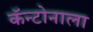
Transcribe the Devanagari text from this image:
कॅन्टोनाला